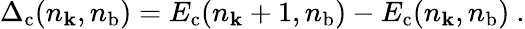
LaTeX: \Delta_{\mathrm{c}}(n_{\mathbf k},{n}_{\mathrm{b}})=E_{\mathrm{c}}(n_{\mathbf k}+1,{n}_{\mathrm{b}})-E_{\mathrm{c}}(n_{\mathbf k},{n}_{\mathrm{b}})~.